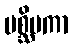
ပစ္ဆိမကာ